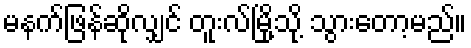
မနက်ဖြန်ဆိုလျှင် တူးလ်မြို့သို့ သွားတော့မည်။